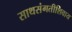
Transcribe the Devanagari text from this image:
साथसंगतीशिवाय